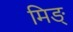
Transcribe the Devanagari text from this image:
मिङ्